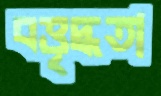
বত্তৃদ্ধতা